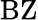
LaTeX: \textrm{BZ}